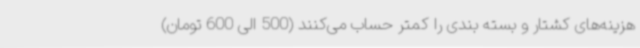
هزینه‌های کشتار و بسته بندی را کمتر حساب می‌کنند (500 الی 600 تومان)